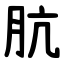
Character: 肮